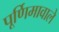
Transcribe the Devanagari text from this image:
पूर्णिमावाले